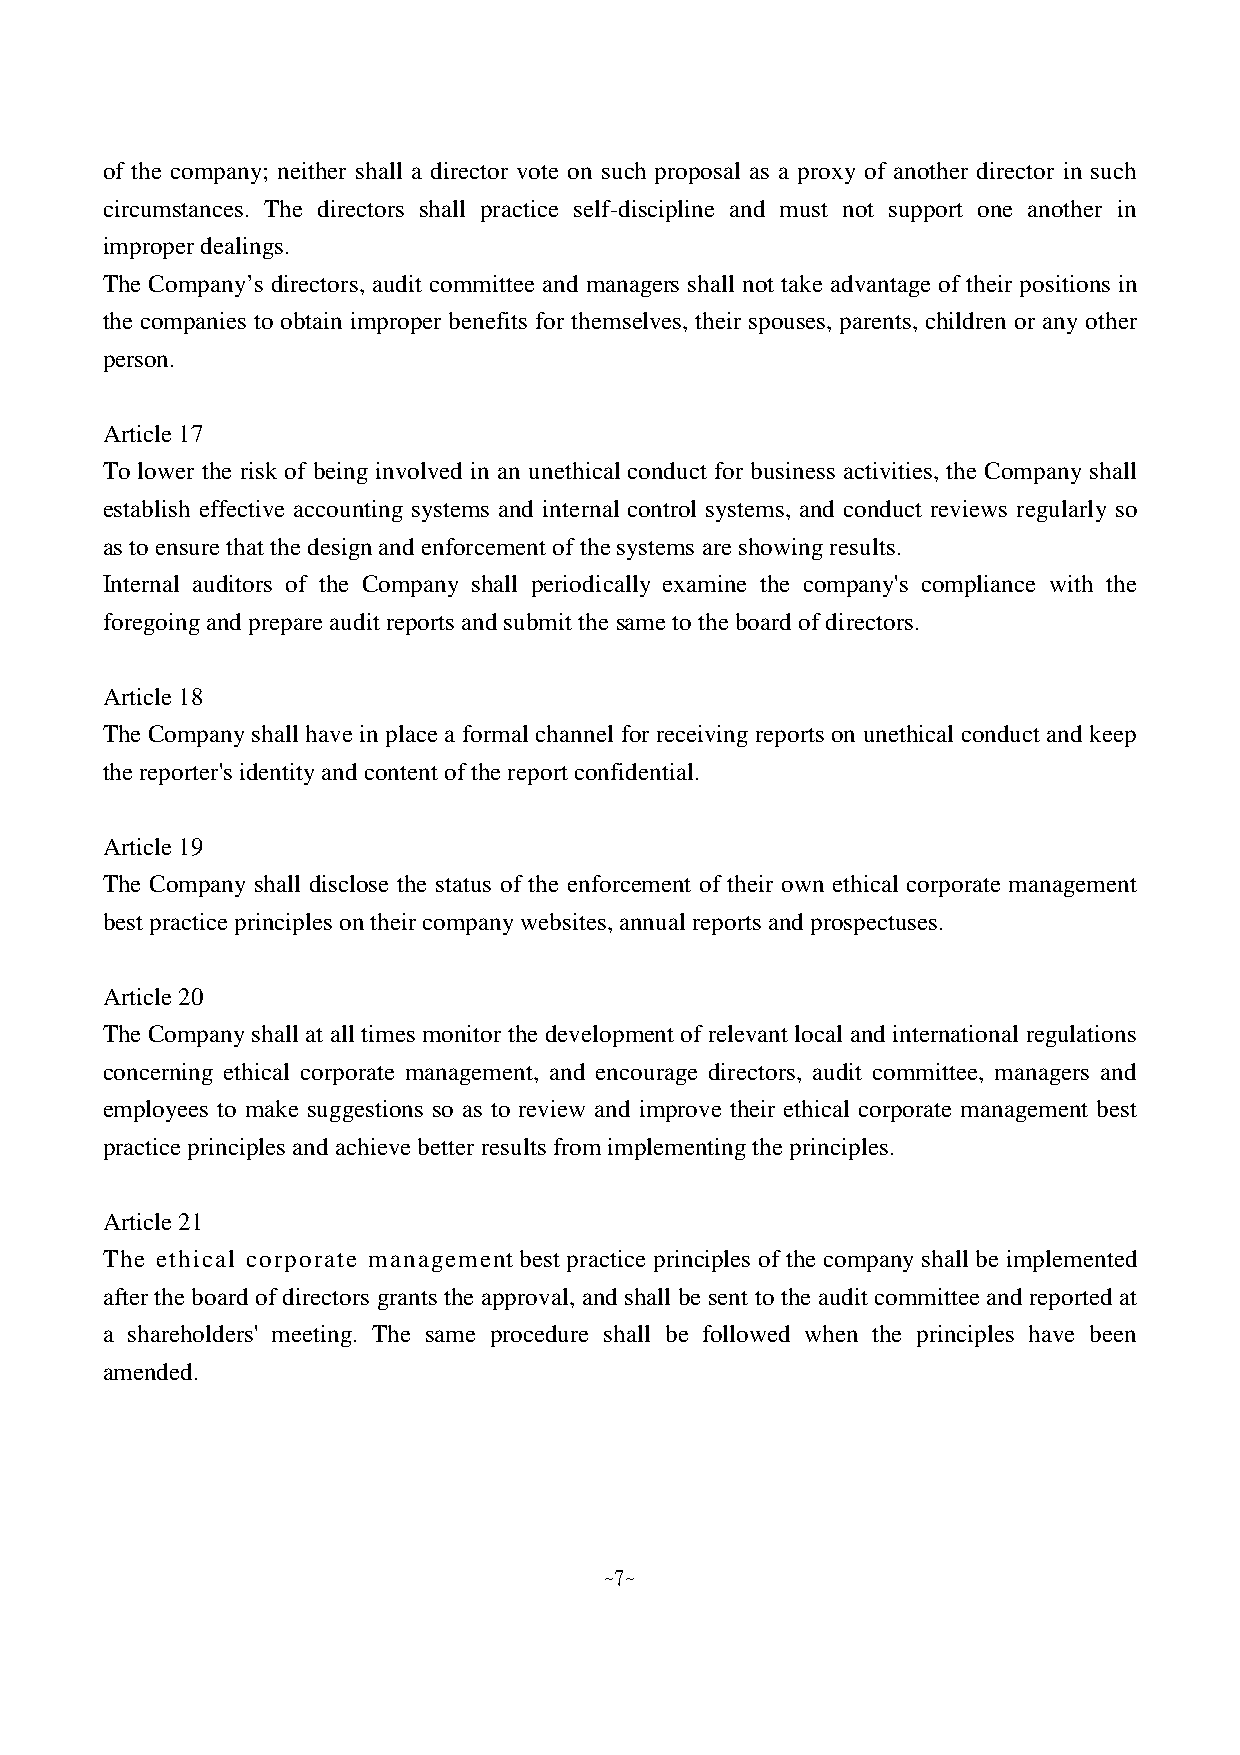
of the company; neither shall a director vote on such proposal as a proxy of another director in such
 circumstances. The directors shall practice self-discipline and must not support one another in
 improper dealings.
 The Company’s directors, audit committee and managers shall not take advantage of their positions in
 the companies to obtain improper benefits for themselves, their spouses, parents, children or any other
 person.
 Article 17
 To lower the risk of being involved in an unethical conduct for business activities, the Company shall
 establish effective accounting systems and internal control systems, and conduct reviews regularly so
 as to ensure that the design and enforcement of the systems are showing results.
 Internal auditors of the Company shall periodically examine the company's compliance with the
 foregoing and prepare audit reports and submit the same to the board of directors.
 Article 18
 The Company shall have in place a formal channel for receiving reports on unethical conduct and keep
 the reporter's identity and content of the report confidential.
 Article 19
 The Company shall disclose the status of the enforcement of their own ethical corporate management
 best practice principles on their company websites, annual reports and prospectuses.
 Article 20
 The Company shall at all times monitor the development of relevant local and international regulations
 concerning ethical corporate management, and encourage directors, audit committee, managers and
 employees to make suggestions so as to review and improve their ethical corporate management best
 practice principles and achieve better results from implementing the principles.
 Article 21
 The ethical corporate management best practice principles of the company shall be implemented
 after the board of directors grants the approval, and shall be sent to the audit committee and reported at
 a shareholders' meeting. The same procedure shall be followed when the principles have been
 amended.
 ~7~